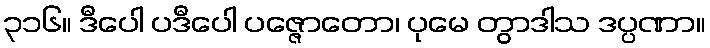
၃၁၆။ ဒီပေါ ပဒီပေါ ပဇ္ဇောတော၊ ပုမေ တွာဒါသ ဒပ္ပဏာ။